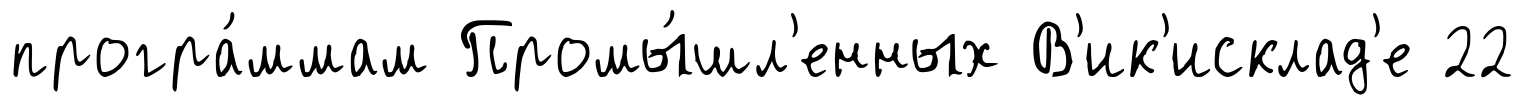
програ́ммам Промы́шл'енных В'ик'исклад'е 22